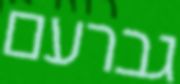
גברעם